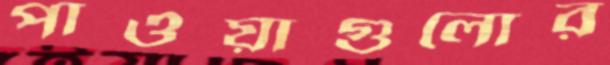
পাওয়াগুলোর